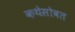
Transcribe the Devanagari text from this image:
कथेसोबत